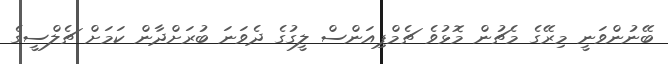
ބޭނުންވަނީ މިރޭގެ މެޗުން މޮޅުވެ ޗެމްޕިއަންސް ލީގުގެ ދެވަނަ ބުރަށްދާން ކަމަށް ޗެލްސީގެ